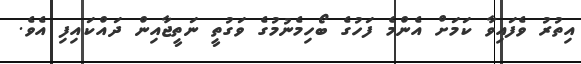
އިތުރު ވެފައިވާ ކަމަށް އެންމެ ފަހުގެ ބޯހިމެނުމުގެ ވަގުތީ ނަތީޖާއިން ދައްކައިފި އެވެ.